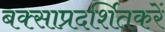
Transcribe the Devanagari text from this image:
बक्साप्रदर्शितकरें